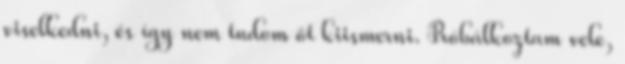
viselkedni, és így nem tudom őt kiismerni. Próbálkoztam vele,